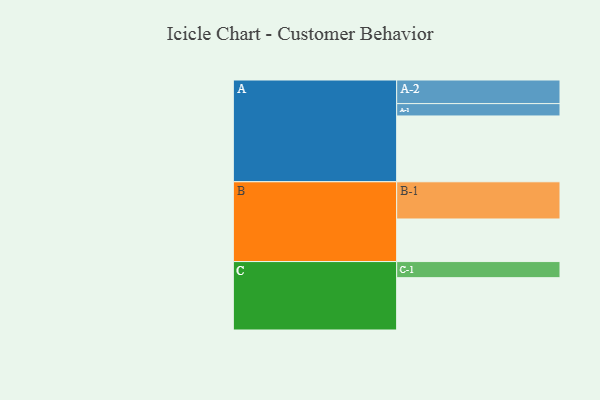
{"axis": {"x": "Segment", "y": "Value"}, "legend": ["", "A", "B", "C"], "data": [{"x": "A", "y": 527, "type": ""}, {"x": "B", "y": 341, "type": ""}, {"x": "C", "y": 419, "type": ""}, {"x": "A-1", "y": 99, "type": "A"}, {"x": "A-2", "y": 189, "type": "A"}, {"x": "B-1", "y": 298, "type": "B"}, {"x": "C-1", "y": 129, "type": "C"}]}